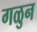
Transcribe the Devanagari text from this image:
गळुन